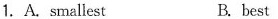
1.A.smallest B.best